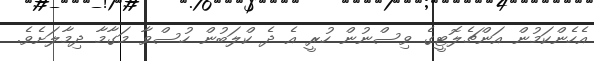
އެހެންކަމުން އަންޗެލޮޓީގެ ވިސްނުން ހުރީ އެ ދެ ކްލަބުން ހުސްވާ މަގާމާ ދިމާލަށެވެ.